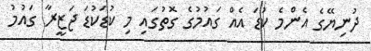
ދުނިޔޭގެ އެންމެ ކުޑަ އެއް ގައުމުގެ ގޮތުގައި މި ކުޑަކުޑަ ޖަޒީރާ ގައުމު